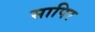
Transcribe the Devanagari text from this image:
सापिर